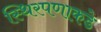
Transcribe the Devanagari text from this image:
स्थिरपणाकडे